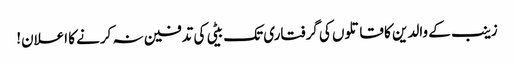
زینب کے والدین کا قاتلوں کی گرفتاری تک بیٹی کی تدفین نہ کرنے کا اعلان!